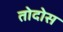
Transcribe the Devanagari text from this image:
तोदोस